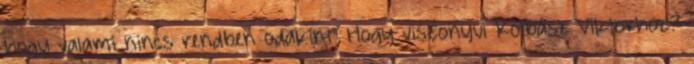
hogy valami nincs rendben odakint” Hogy viszonyul Kolbász Viktorhoz?